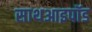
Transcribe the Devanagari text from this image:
साथआइपॉड